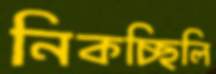
নিকচ্ছিলি